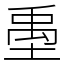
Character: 㙑